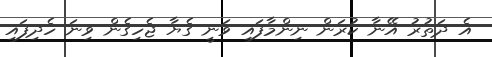
އެ ދަތުރު އޭނާ ކުރަން ނިންމާފައި ވަނީ ގެޔާ ޖެހިގެން ވިނަ ހެދިފައި